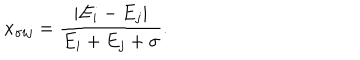
x _ { \sigma i j } = { \frac { | E _ { i } - E _ { j } | } { E _ { i } + E _ { j } + \sigma } } .